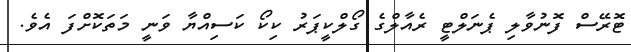
ޓޮރޭސް ފޮނުވާލި ޕެނަލްޓީ ރެއާލްގެ ގޯލްކީޕަރު ކިކޯ ކަސިއްޔާ ވަނީ މަތަކޮށްފަ އެވެ.